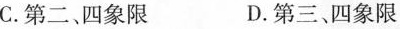
C.第二、四象限 D.第三、四象限